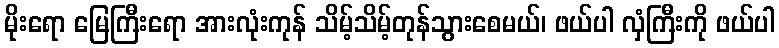
မိုးရော မြေကြီးရော အားလုံးကုန် သိမ့်သိမ့်တုန်သွားစေမယ်၊ ဖယ်ပါ လှံကြီးကို ဖယ်ပါ